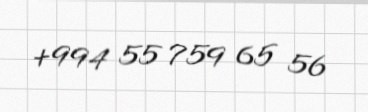
+994 55 759 65 56